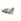
أنك